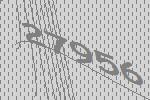
27956